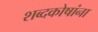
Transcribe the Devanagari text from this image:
शब्दकोषांना